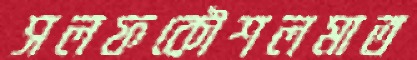
সলফকৌশলমাত